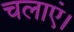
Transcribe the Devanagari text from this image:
चलाएं।